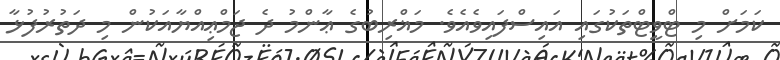
ކަމަށް މި ޓްވީޓްތަކުގައި އައިސްފައިވެއެވެ. މަޣްރިބުގެ ޢާންމު ދެ ޖަމްޢިއްޔާއަކުން މި ދަތުރުފުޅާ